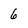
Character: 6